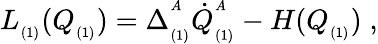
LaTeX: L_{_{(1)}}(Q_{_{(1)}})=\Delta_{_{(1)}}^{^A}\dot{Q}_{_{(1)}}^{^A}-H(Q_{_{(1)}})\; ,